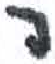
אות: ר